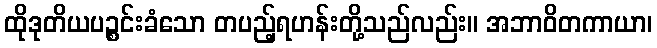
ထိုဒုတိယပဉ္စင်းခံသော တပည့်ရဟန်းတို့သည်လည်း။ အဘာဝိတကာယာ၊